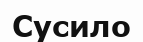
Сусило